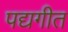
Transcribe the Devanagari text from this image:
पद्यगीत